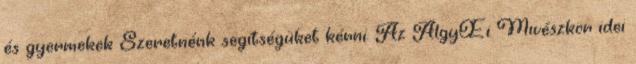
és gyermekek Szeretnénk segítségüket kérni. Az AlgyŒi Mıvészkör idei